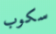
سكوب